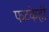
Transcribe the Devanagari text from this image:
फटकेही